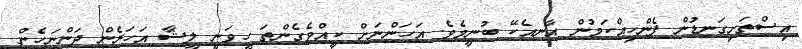
އިސްތަށިގަނޑުން ފެންހިއްކަމުން އާނއެކޭ ބުނީމެވެ. އަހަންނަށް ކީއްވެގެންތަ ހީވަނީ ލީޝާ އަހަރެން ދަންނަހެން